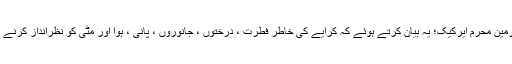
سی ایچ پی کے ڈپٹی چیئرمین محرم ایرکیک؛ یہ بیان کرتے ہوئے کہ کرایے کی خاطر فطرت ، درختوں ، جانوروں ، پانی ، ہوا اور مٹی کو نظرانداز کرنے کی طاقت ایک تباہی ہے۔